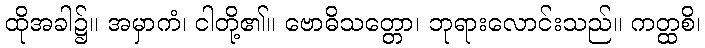
ထိုအခါ၌။ အမှာကံ၊ ငါတို့၏။ ဗောဓိသတ္တော၊ ဘုရားလောင်းသည်။ ကတ္ထစိ၊